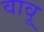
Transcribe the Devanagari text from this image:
वावू